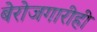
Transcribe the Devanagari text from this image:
बेरोजगारीही